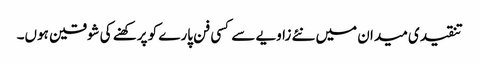
تنقیدی میدان میں نئے زاویے سے کسی فن پارے کو پرکھنے کی شوقین ہوں۔